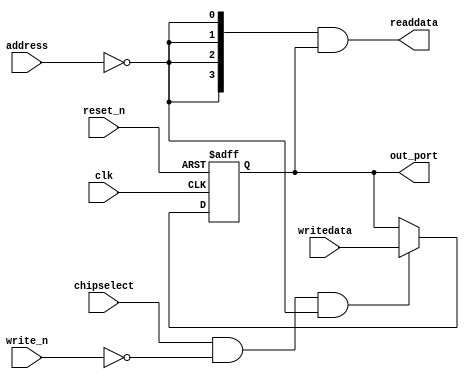
module pio_dutycycle (
                        address,
                        chipselect,
                        clk,
                        reset_n,
                        write_n,
                        writedata,
                        out_port,
                        readdata
                     )
;
  output  [  3: 0] out_port;
  output  [  3: 0] readdata;
  input   [  1: 0] address;
  input            chipselect;
  input            clk;
  input            reset_n;
  input            write_n;
  input   [  3: 0] writedata;
  wire             clk_en;
  reg     [  3: 0] data_out;
  wire    [  3: 0] out_port;
  wire    [  3: 0] read_mux_out;
  wire    [  3: 0] readdata;
  assign clk_en = 1;
  assign read_mux_out = {4 {(address == 0)}} & data_out;
  always @(posedge clk or negedge reset_n)
    begin
      if (reset_n == 0)
          data_out <= 0;
      else if (chipselect && ~write_n && (address == 0))
          data_out <= writedata[3 : 0];
    end
  assign readdata = read_mux_out;
  assign out_port = data_out;
endmodule